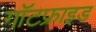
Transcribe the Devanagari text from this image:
गॉटफ़्राइड